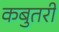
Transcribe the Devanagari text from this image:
कबुतरी